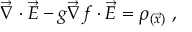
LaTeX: \vec { \nabla } \cdot \vec { E } - g \vec { \nabla } f \cdot \vec { E } = \rho _ { ( \vec { x } ) } \ ,